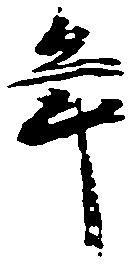
年